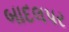
બાદલપર